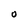
Character: O